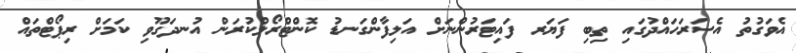
އެވަގުތު އެސަރަހައްދުގައި ތިބި ފަޔަރ ފައިޓަރުންނަށް އަލިފާންގަނޑު ކޮންޓްރޯލްކުރަން އުނދަގޫވި ކަމަށް ރިޕޯޓްތައް